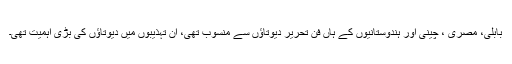
بابلی، مصری ، چینی اور ہندوستانیوں کے ہاں فنِ تحریر دیوتاؤں سے منسوب تھی، ان تہذیبوں میں دیوتاؤں کی بڑی اہمیت تھی۔